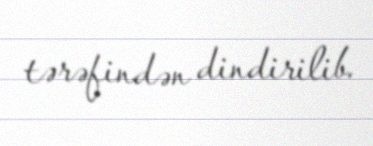
tərəfindən dindirilib.